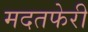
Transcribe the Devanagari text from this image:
मदतफेरी